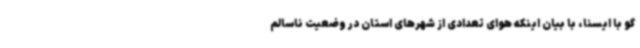
گو با ایسنا، با بیان اینکه هوای تعدادی از شهرهای استان در وضعیت ناسالم